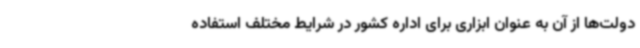
دولت‌ها از آن به عنوان ابزاری برای اداره کشور در شرایط مختلف استفاده